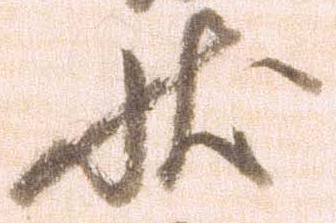
状